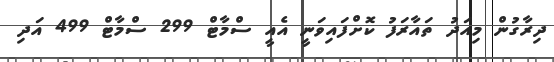
ދިރާގުން މިއަދު ތައާރަފު ކޮށްފައިވަނީ އެއީ ސްމާޓް 299 ސްމާޓް 499 އަދި